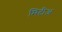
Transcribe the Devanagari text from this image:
मिटीअ